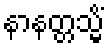
နာနတ္တသ္မိံ